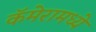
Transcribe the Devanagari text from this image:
कॅमेरामध्ये